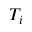
T _ { i }